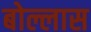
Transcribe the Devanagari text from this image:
बोल्लास